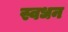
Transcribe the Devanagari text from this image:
स्वधन